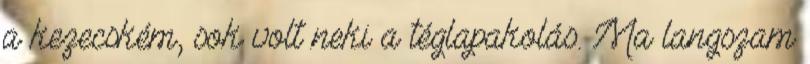
a kezecském, sok volt neki a téglapakolás. Ma langszam